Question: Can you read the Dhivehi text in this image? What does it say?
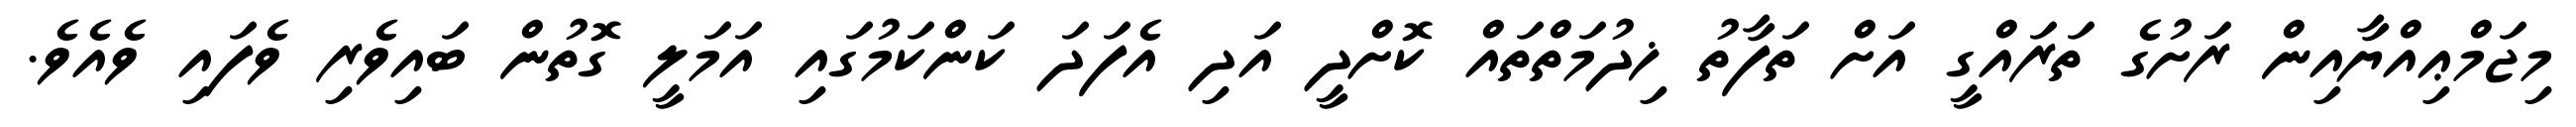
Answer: މިޖަމްޢިއްޔާއިން ރަށުގެ ތަރައްގީ އަށް ތަފާތު ޚިދުމަތްތައް ކޮށްދީ އަދި އެފަދަ ކަންކަމުގައި އަމަލީ ގޮތުން ބައިވެރި ވެފައި ވެއެވެ.